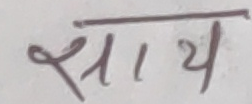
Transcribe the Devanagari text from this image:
साथ